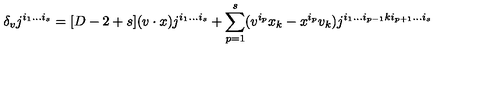
\delta _ { v } j ^ { i _ { 1 } \ldots i _ { s } } = [ D - 2 + s ] ( v \cdot x ) j ^ { i _ { 1 } \ldots i _ { s } } + \sum _ { p = 1 } ^ { s } ( v ^ { i _ { p } } x _ { k } - x ^ { i _ { p } } v _ { k } ) j ^ { i _ { 1 } \ldots i _ { p - 1 } k i _ { p + 1 } \ldots i _ { s } }